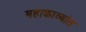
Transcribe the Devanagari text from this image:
महाकाव्यांत